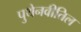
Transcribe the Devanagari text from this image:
पुथेनवीतिल